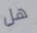
هل